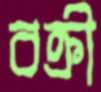
বক্রী